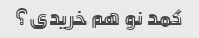
کمد نو هم خریدی؟